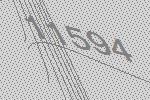
11594